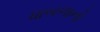
ધાબળાનો